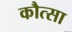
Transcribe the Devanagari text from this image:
कौत्सा